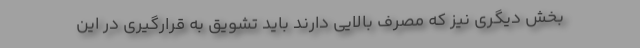
بخش دیگری نیز که مصرف بالایی دارند باید تشویق به قرارگیری در این